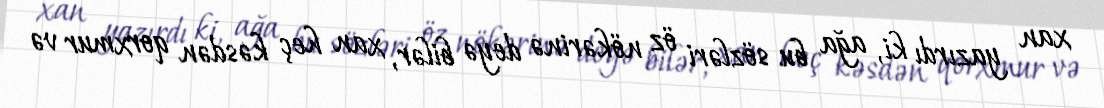
xan yazırdı ki, ağa bu sözləri öz nökərinə deyə bilər, xan heç kəsdən qorxmur və